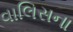
વાલિસના